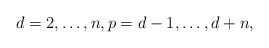
\begin{align*} d=2, \dots,n, p=d-1, \dots , d+n,\end{align*}